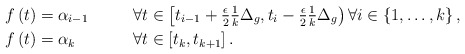
\begin{align*}f \left( t \right) &= \alpha_{i-1} & &\, \forall t \in \left[ t_{i-1} + \tfrac{\epsilon}{2} \tfrac{1}{k} \Delta_{g} , t_{i} - \tfrac{\epsilon}{2} \tfrac{1}{k} \Delta_{g} \right) \forall i \in \left\lbrace 1 , \ldots , k \right\rbrace,\\f \left( t \right) &= \alpha_{k} & &\, \forall t \in \left[ t_{k} , t_{k+1} \right].\end{align*}